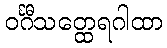
ဝင်္ဂီသတ္ထေရဂါထာ